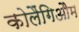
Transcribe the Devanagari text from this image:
कोलैंगिऔम